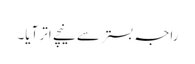
راجہ بستر سے نیچے اتر آیا۔